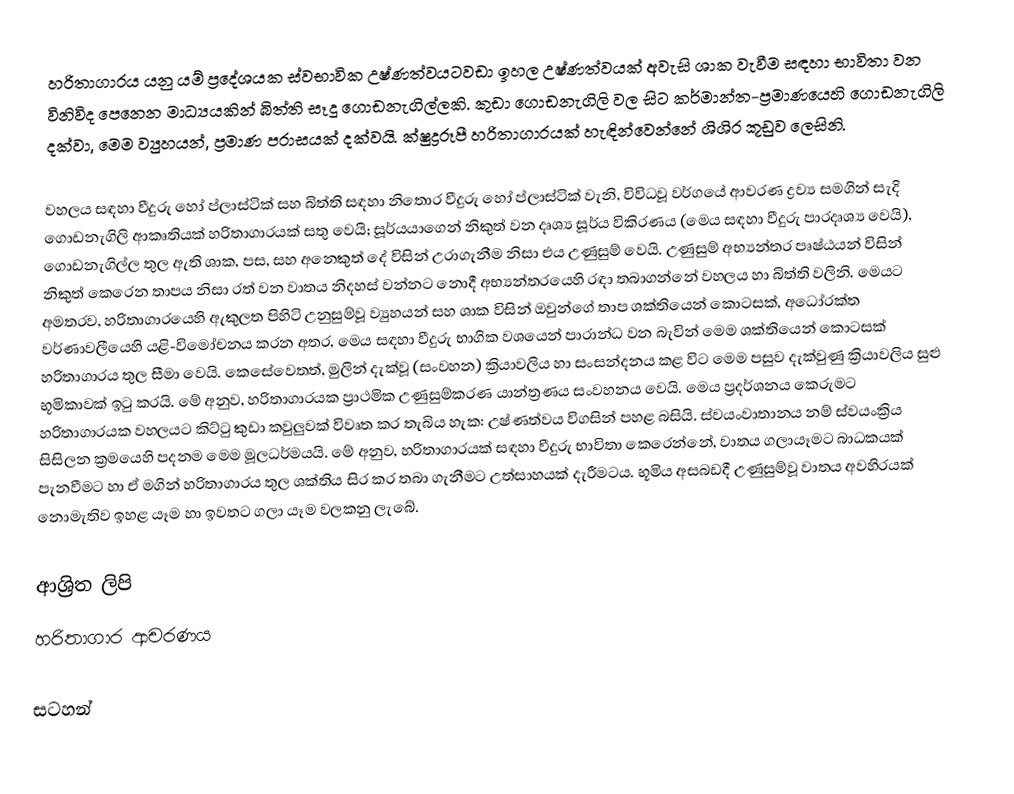
හරිතාගාරය යනු යම් ප්‍රදේශයක ස්වභාවික උෂ්ණත්වයටවඩා ඉහල උෂ්ණත්වයක් අවැසි ශාක වැවීම සඳහා භාවිතා වන විනිවිද පෙනෙන මාධ්‍යයකින් බිත්ති සෑදූ ගොඩනැගිල්ලකි. කුඩා ගොඩනැගිලි වල සිට කර්මාන්ත-ප්‍රමාණයෙහි ගොඩනැගිලි දක්වා, මෙම ව්‍යුහයන්, ප්‍රමාණ පරාසයක් දක්වයි.  ක්ෂුද්‍රරූපී හරිතාගාරයක් හැඳින්වෙන්නේ ශිශිර කූඩුව ලෙසිනි.

වහලය සඳහා වීදුරු හෝ ප්ලාස්ටික් සහ බිත්ති සඳහා නිතොර වීදුරු හෝ ප්ලාස්ටික් වැනි, විවිධවූ වර්ගයේ ආවරණ ද්‍රව්‍ය  සමගින් සැදි ගොඩනැගිලි ආකෘතියක් හරිතාගාරයක් සතු වෙයි; සූර්යයාගෙන් නිකුත් වන දෘශ්‍ය සූර්ය විකිරණය (මෙය සඳහා වීදුරු පාරදෘශ්‍ය වෙයි),   ගොඩනැගිල්ල තුල ඇති ශාක, පස, සහ අනෙකුත් දේ විසින් උරාගැනීම නිසා එය උණුසුම් වෙයි. උණුසුම් අභ්‍යන්තර පෘෂ්ඨයන් විසින් නිකුත් කෙරෙන තාපය නිසා රත් වන වාතය නිදහස් වන්නට නොදී අභ්‍යන්තරයෙහි රඳා තබාගන්නේ වහලය හා බිත්ති වලිනි.  මෙයට අමතරව, හරිතාගාරයෙහි ඇකුලත පිහිටි උනුසුම්වූ ව්‍යුහයන් සහ ශාක විසින් ඔවුන්ගේ තාප ශක්තියෙන් කොටසක්, අධෝරක්ත වර්ණාවලීයෙහි යළි-විමෝචනය කරන අතර, මෙය සඳහා වීදුරු භාගික වශයෙන් පාරාන්ධ වන බැවින් මෙම ශක්තියෙන් කොටසක් හරිතාගාරය තුල සීමා වෙයි. කෙසේවෙතත්, මුලින් දැක්වූ (සංවහන) ක්‍රියාවලිය හා සංසන්දනය කළ විට මෙම පසුව දැක්වුණු ක්‍රියාවලිය සුළු භූමිකාවක් ඉටු කරයි. මේ අනුව, හරිතාගාරයක ප්‍රාථමික උණුසුම්කරණ යාන්ත්‍රණය සංවහනය වෙයි. මෙය ප්‍රදර්ශනය කෙරුමට හරිතාගාරයක වහලයට කිට්ටු කුඩා කවුලුවක් විවෘත කර තැබිය හැක: උෂ්ණත්වය විගසින් පහළ බසියි. ස්වයංවාතානය නම් ස්වයංක්‍රිය සිසිලන ක්‍රමයෙහි පදනම මෙම මූලධර්මයයි. මේ අනුව, හරිතාගාරයක් සඳහා වීදුරු භාවිතා කෙරෙන්නේ, වාතය ගලායෑමට බාධකයක් පැනවීමට හා ඒ මගින් හරිතාගාරය තුල ශක්තිය සිර කර තබා ගැනීමට උත්සාහයක් දැරීමටය. භූමිය අසබඩදී උණුසුම්වූ වාතය අවහිරයක් නොමැතිව ඉහළ යෑම හා ඉවතට ගලා යෑම වලකනු ලැබේ.

ආශ්‍රිත ලිපි
 හරිතාගාර ආචරණය

සටහන්